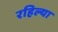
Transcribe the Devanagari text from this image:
रहिल्या